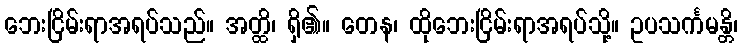
ဘေးငြိမ်းရာအရပ်သည်။ အတ္ထိ၊ ရှိ၏။ တေန၊ ထိုဘေးငြိမ်းရာအရပ်သို့။ ဥပသင်္ကမန္တိ၊